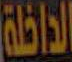
الداخلة